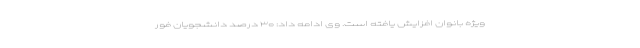
ویژه بانوان افزایش یافته است. وی ادامه داد: ۳۰ درصد دانشجویان فور